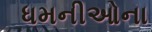
ધમનીઓના